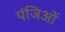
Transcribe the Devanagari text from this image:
पंजिओं